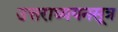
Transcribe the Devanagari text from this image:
उत्तराध्ययनसूत्र